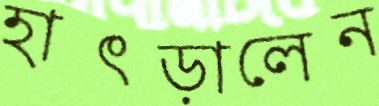
হাৎড়ালেন